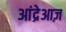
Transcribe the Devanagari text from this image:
आंद्रेआज़